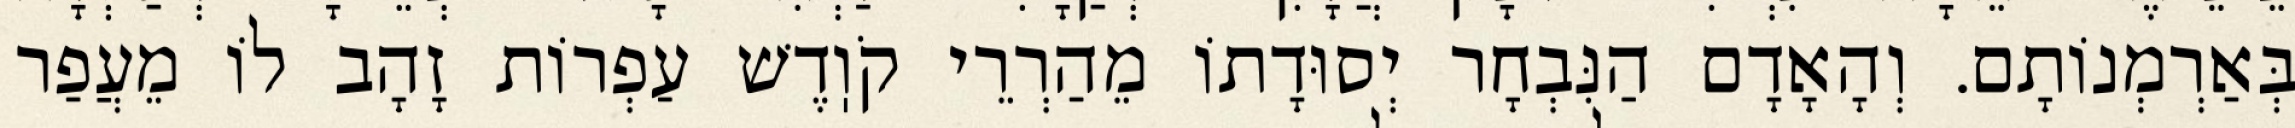
בְּאַרְמְנוֹתָם. וְהָאָדָם הַנִּבְחָר יְסוּדָתוֹ מֵהַרְרֵי קֹוֽדֶשׁ עַפְרוֹת זָהָב לוֹ מֵעֲפַר